Annual report of the Punjab Veterinary College and of the Civil Veterinary Department, Punjab - 1920-1925
Year: 1920
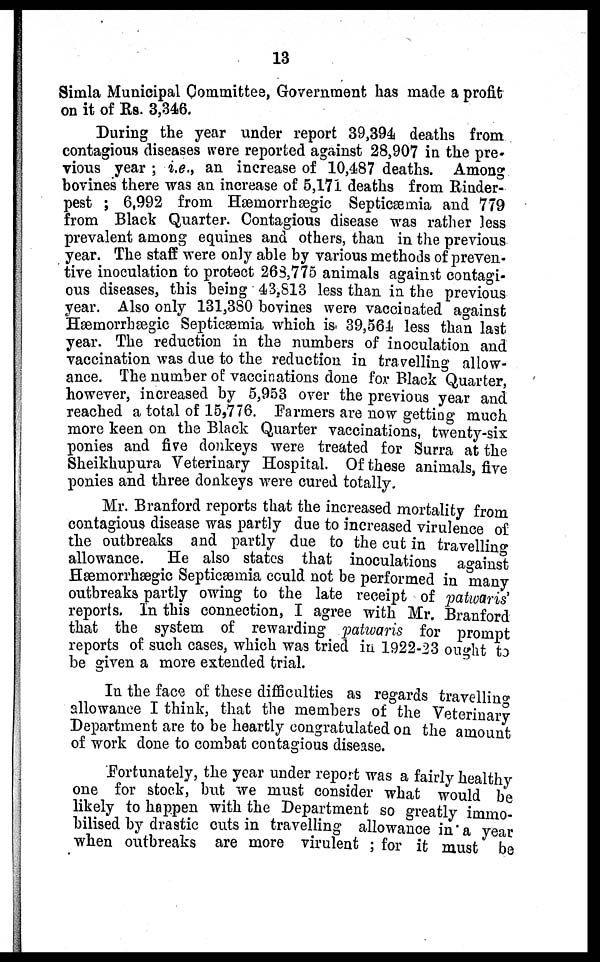
13
Simla Municipal Committee, Government has made a profit
on it of Rs. 3,346.
During the year under report 39,394 deaths from
contagious diseases were reported against 28,907 in the pre-
vious year ; i.e., an increase of 10,487 deaths. Among
bovines there was an increase of 5,171 deaths from Rinder-
pest ; 6,992 from Hæmorrhægic Septicæmia and 779
from Black Quarter. Contagious disease was rather less
prevalent among equines and others, than in the previous
year. The staff were only able by various methods of preven-
tive inoculation to protect 268,775 animals against contagi-
ous diseases, this being 43,813 less than in the previous
year. Also only 131,380 bovines were vaccinated against
Hæmorrhægic Septicæmia which is 39,564 less than last
year. The reduction in the numbers of inoculation and
vaccination was due to the reduction in travelling allow-
ance. The number of vaccinations done fox Black Quarter,
however, increased by 5,953 over the previous year and
reached a total of 15,776. Farmers are now getting much
more keen on the Black Quarter vaccinations, twenty-six
ponies and five donkeys were treated for Surra at the
Sheikhupura Veterinary Hospital. Of these animals, five
ponies and three donkeys were cured totally.
Mr. Branford reports that the increased mortality from
contagious disease was partly due to increased virulence of
the outbreaks and partly due to the cut in travelling
allowance. He also states that inoculations against
Hæmorrhægic Septicæmia could not be performed in many
outbreaks partly owing to the late receipt of patwaris'
reports. In this connection, I agree with Mr. Branford
that the system of rewarding patwaris for prompt
reports of such cases, which was tried in 1922-23 ought to
be given a more extended trial.
In the face of these difficulties as regards travelling
allowance I think, that the members of the Veterinary
Department are to be heartly congratulated on the amount
of work done to combat contagious disease.
Fortunately, the year under report was a fairly healthy
one for stock, but we must consider what would be
likely to happen with the Department so greatly immo-
bilised by drastic cuts in travelling allowance in a year
when outbreaks are more virulent ; for it must be